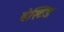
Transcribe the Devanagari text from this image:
वेस्टिड